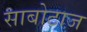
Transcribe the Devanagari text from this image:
साबोटाज